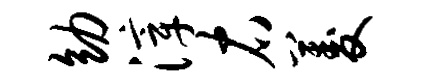
幼滓右菱